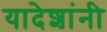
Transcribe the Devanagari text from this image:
यादेशांनी